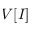
V [ I ]